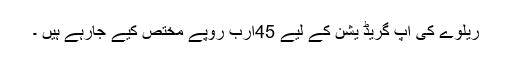
ریلوے کی اپ گریڈ یشن کے لیے 45ارب روپے مختص کیے جارہے ہیں ۔